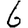
Digit: 6